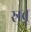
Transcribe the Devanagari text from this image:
स्रवू